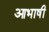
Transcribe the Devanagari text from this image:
आभाषी